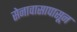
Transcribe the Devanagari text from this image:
सेनावासापासून